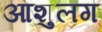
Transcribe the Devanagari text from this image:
आशुलग